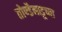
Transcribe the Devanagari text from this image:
तोण्डैनाडूच्या